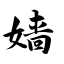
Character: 嫱